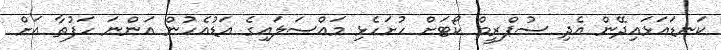
ކަނޑައަޅައިދޭން އެދި ސުޕްރީމް ކޯޓަށް ހުށަހެޅި މައްސަލައިގެ އަޑުއެހުން އަންނަ ހަފުތާ އަށް